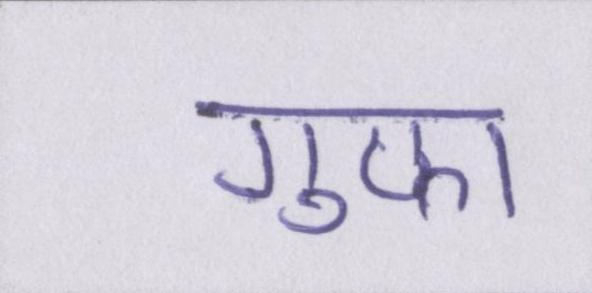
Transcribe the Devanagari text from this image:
गुफ़ा